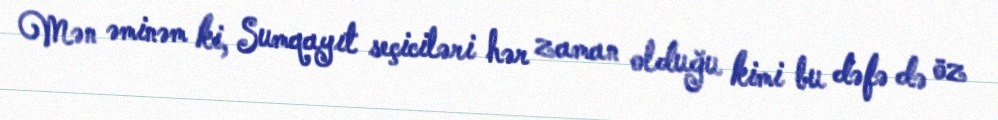
Mən əminəm ki, Sumqayıt seçiciləri hər zaman olduğu kimi bu dəfə də öz